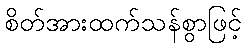
စိတ်အားထက်သန်စွာဖြင့်